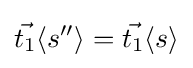
{\vec {t_{1}}}\langle s''\rangle ={\vec {t_{1}}}\langle s\rangle